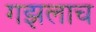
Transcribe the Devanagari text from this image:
गझलाच